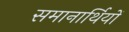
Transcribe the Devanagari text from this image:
समानार्थियों